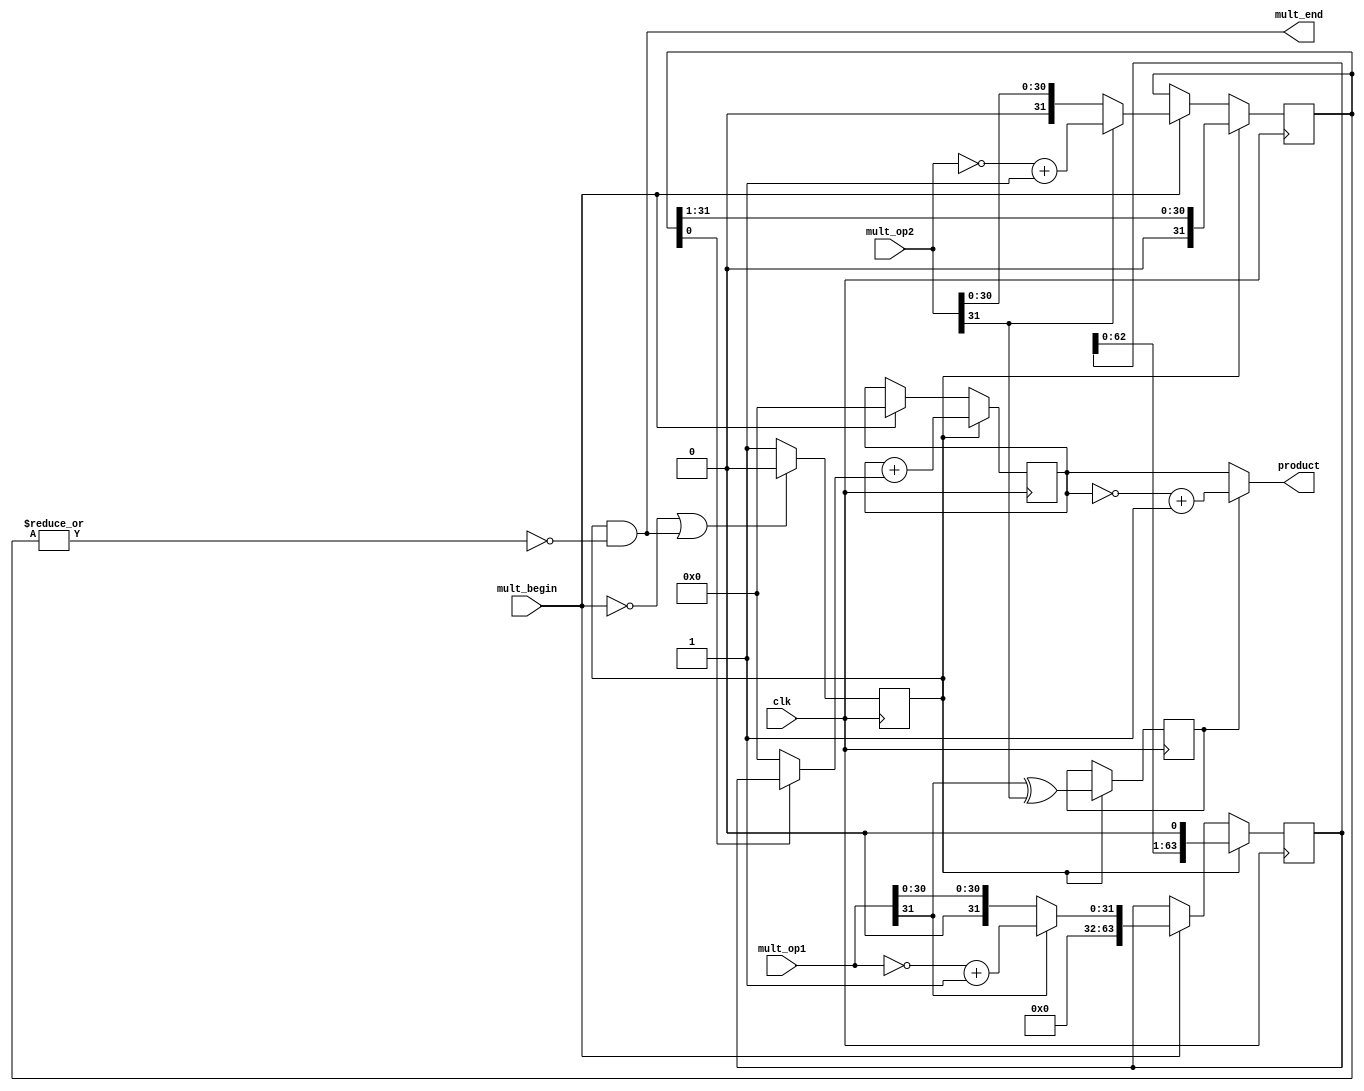
`timescale 1ns / 1ps
//*************************************************************************
//   > : multiply.v
//   >   
//   >   : TernenceCao
//   >   : 2021-06-12
//*************************************************************************
module multiply(              // 
    input         clk,        // 
    input         mult_begin, // 
    input  [31:0] mult_op1,   // 1
    input  [31:0] mult_op2,   // 2
    output [63:0] product,    // 
    output        mult_end    // 
);

    //
    reg mult_valid;
    always @(posedge clk)
    begin
        if (!mult_begin || mult_end)
        begin
            mult_valid <= 1'b0;
        end
        else
        begin
            mult_valid <= 1'b1;
        end
    end

    //1
    wire        op1_sign;      //1
    wire        op2_sign;      //2
    wire [31:0] op1_absolute;  //1
    wire [31:0] op2_absolute;  //2
    assign op1_sign = mult_op1[31];
    assign op2_sign = mult_op2[31];
    assign op1_absolute = op1_sign ? (~mult_op1+1) : mult_op1;
    assign op2_absolute = op2_sign ? (~mult_op2+1) : mult_op2;

    //
    reg  [63:0] multiplicand;
    always @ (posedge clk)
    begin
        if (mult_valid)
        begin    // 
            multiplicand <= {multiplicand[62:0],1'b0};
        end
        else if (mult_begin) 
        begin   // 1
            multiplicand <= {32'd0,op1_absolute};
        end
    end

    //
    reg  [31:0] multiplier;
    assign mult_end = mult_valid & ~(|multiplier); //0
    always @ (posedge clk)
    begin
        if (mult_valid)
        begin   // 
            multiplier <= {1'b0,multiplier[31:1]}; 
        end
        else if (mult_begin)
        begin   // 2
            multiplier <= op2_absolute; 
        end
    end
    
    // 100
    wire [63:0] partial_product;
    assign partial_product = multiplier[0] ? multiplicand : 64'd0;
    
    //
    reg [63:0] product_temp;
    always @ (posedge clk)
    begin
        if (mult_valid)
        begin
            product_temp <= product_temp + partial_product;
        end
        else if (mult_begin) 
        begin
            product_temp <= 64'd0;  //  
        end
    end 
     
    //
    reg product_sign;
    always @ (posedge clk)  // 
    begin
        if (mult_valid)
        begin
              product_sign <= op1_sign ^ op2_sign;
        end
    end 
    //+1
    assign product = product_sign ? (~product_temp+1) : product_temp;
endmodule